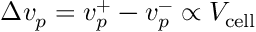
\Delta v _ { p } = v _ { p } ^ { + } - v _ { p } ^ { - } \propto V _ { \mathrm { c e l l } }